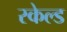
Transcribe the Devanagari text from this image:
स्केल्ड